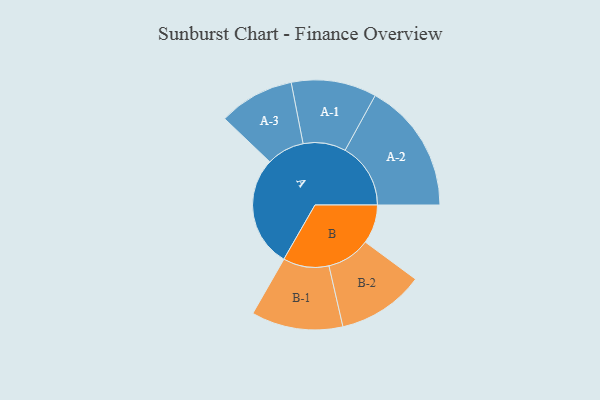
{"axis": {"x": "Segment", "y": "Value"}, "legend": ["", "A", "B"], "data": [{"x": "A", "y": 485, "type": ""}, {"x": "B", "y": 170, "type": ""}, {"x": "A-1", "y": 186, "type": "A"}, {"x": "A-2", "y": 286, "type": "A"}, {"x": "A-3", "y": 165, "type": "A"}, {"x": "B-1", "y": 200, "type": "B"}, {"x": "B-2", "y": 190, "type": "B"}]}